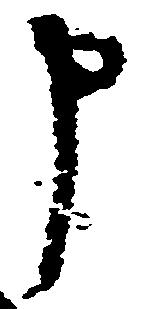
申